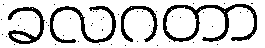
ခလဂတာ